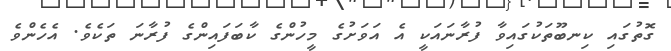
ގޮތުގައި ކިނބޫތަކުގައިވާ ފުރާނައަކީ އެ އަވަށުގެ މީހުންގެ ކާބަފައިންގެ ފުރާނަ ތަކެވެ. އެހެންވެ